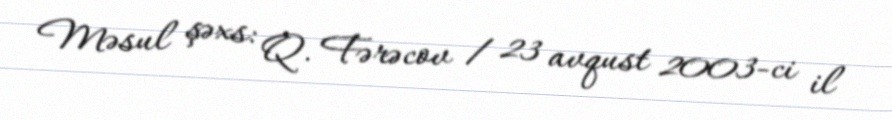
Məsul şəxs: Q. Fərəcov / 23 avqust 2003-ci il